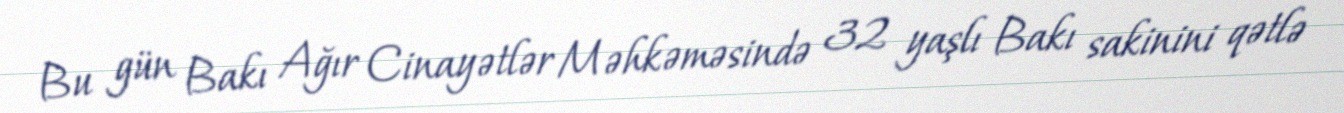
Bu gün Bakı Ağır Cinayətlər Məhkəməsində 32 yaşlı Bakı sakinini qətlə